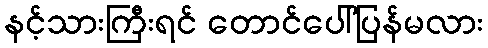
နင့်သားကြီးရင် တောင်ပေါ်ပြန်မလား